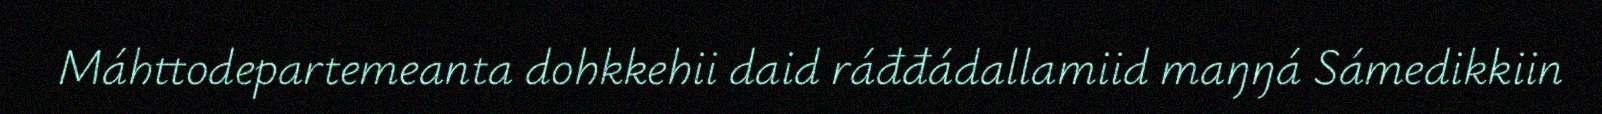
Máhttodepartemeanta dohkkehii daid ráđđádallamiid maŋŋá Sámedikkiin